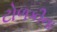
ટોળકીના